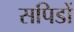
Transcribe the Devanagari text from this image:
सपिडों